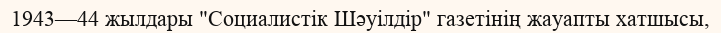
1943—44 жылдары "Социалистік Шәуілдір" газетінің жауапты хатшысы,